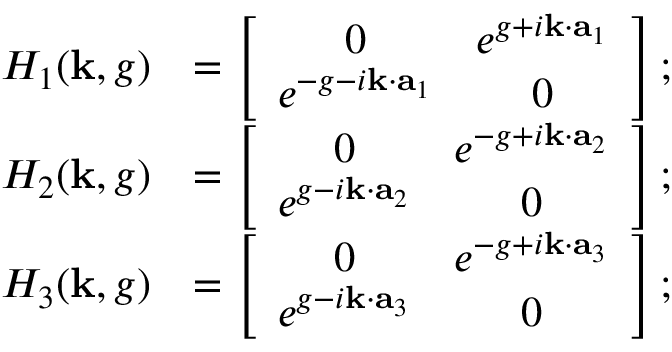
\begin{array} { r l } { H _ { 1 } ( { \bf k } , g ) } & { = \left[ \begin{array} { c c } { 0 } & { e ^ { g + i { \bf k } \cdot { \bf a } _ { 1 } } } \\ { e ^ { - g - i { \bf k } \cdot { \bf a } _ { 1 } } } & { 0 } \end{array} \right] ; } \\ { H _ { 2 } ( { \bf k } , g ) } & { = \left[ \begin{array} { c c } { 0 } & { e ^ { - g + i { \bf k } \cdot { \bf a } _ { 2 } } } \\ { e ^ { g - i { \bf k } \cdot { \bf a } _ { 2 } } } & { 0 } \end{array} \right] ; } \\ { H _ { 3 } ( { \bf k } , g ) } & { = \left[ \begin{array} { c c } { 0 } & { e ^ { - g + i { \bf k } \cdot { \bf a } _ { 3 } } } \\ { e ^ { g - i { \bf k } \cdot { \bf a } _ { 3 } } } & { 0 } \end{array} \right] ; } \end{array}